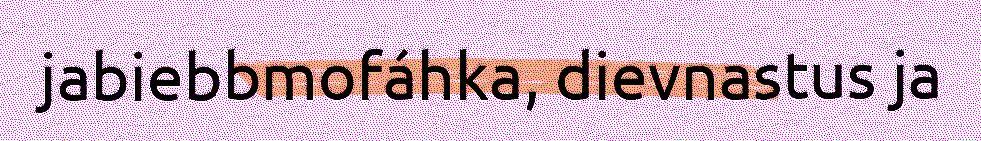
jabiebbmofáhka, dievnastus ja